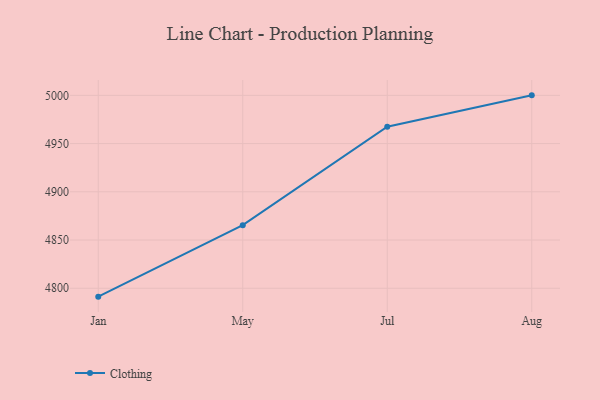
{"axis": {"x": "Month", "y": "Conversion Rate (%)"}, "legend": ["Clothing"], "data": [{"x": "Jan", "y": 4791.3, "type": "Clothing"}, {"x": "May", "y": 4865.4, "type": "Clothing"}, {"x": "Jul", "y": 4967.5, "type": "Clothing"}, {"x": "Aug", "y": 5000, "type": "Clothing"}]}